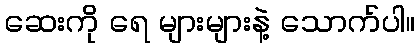
ဆေးကို ရေ များများနဲ့ သောက်ပါ။